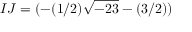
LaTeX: I J = ( - ( 1 / 2 ) { \sqrt { - 2 3 } } - ( 3 / 2 ) )